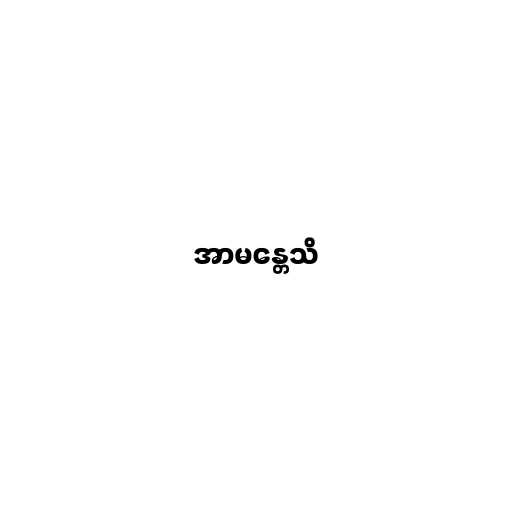
အာမန္တေသိ